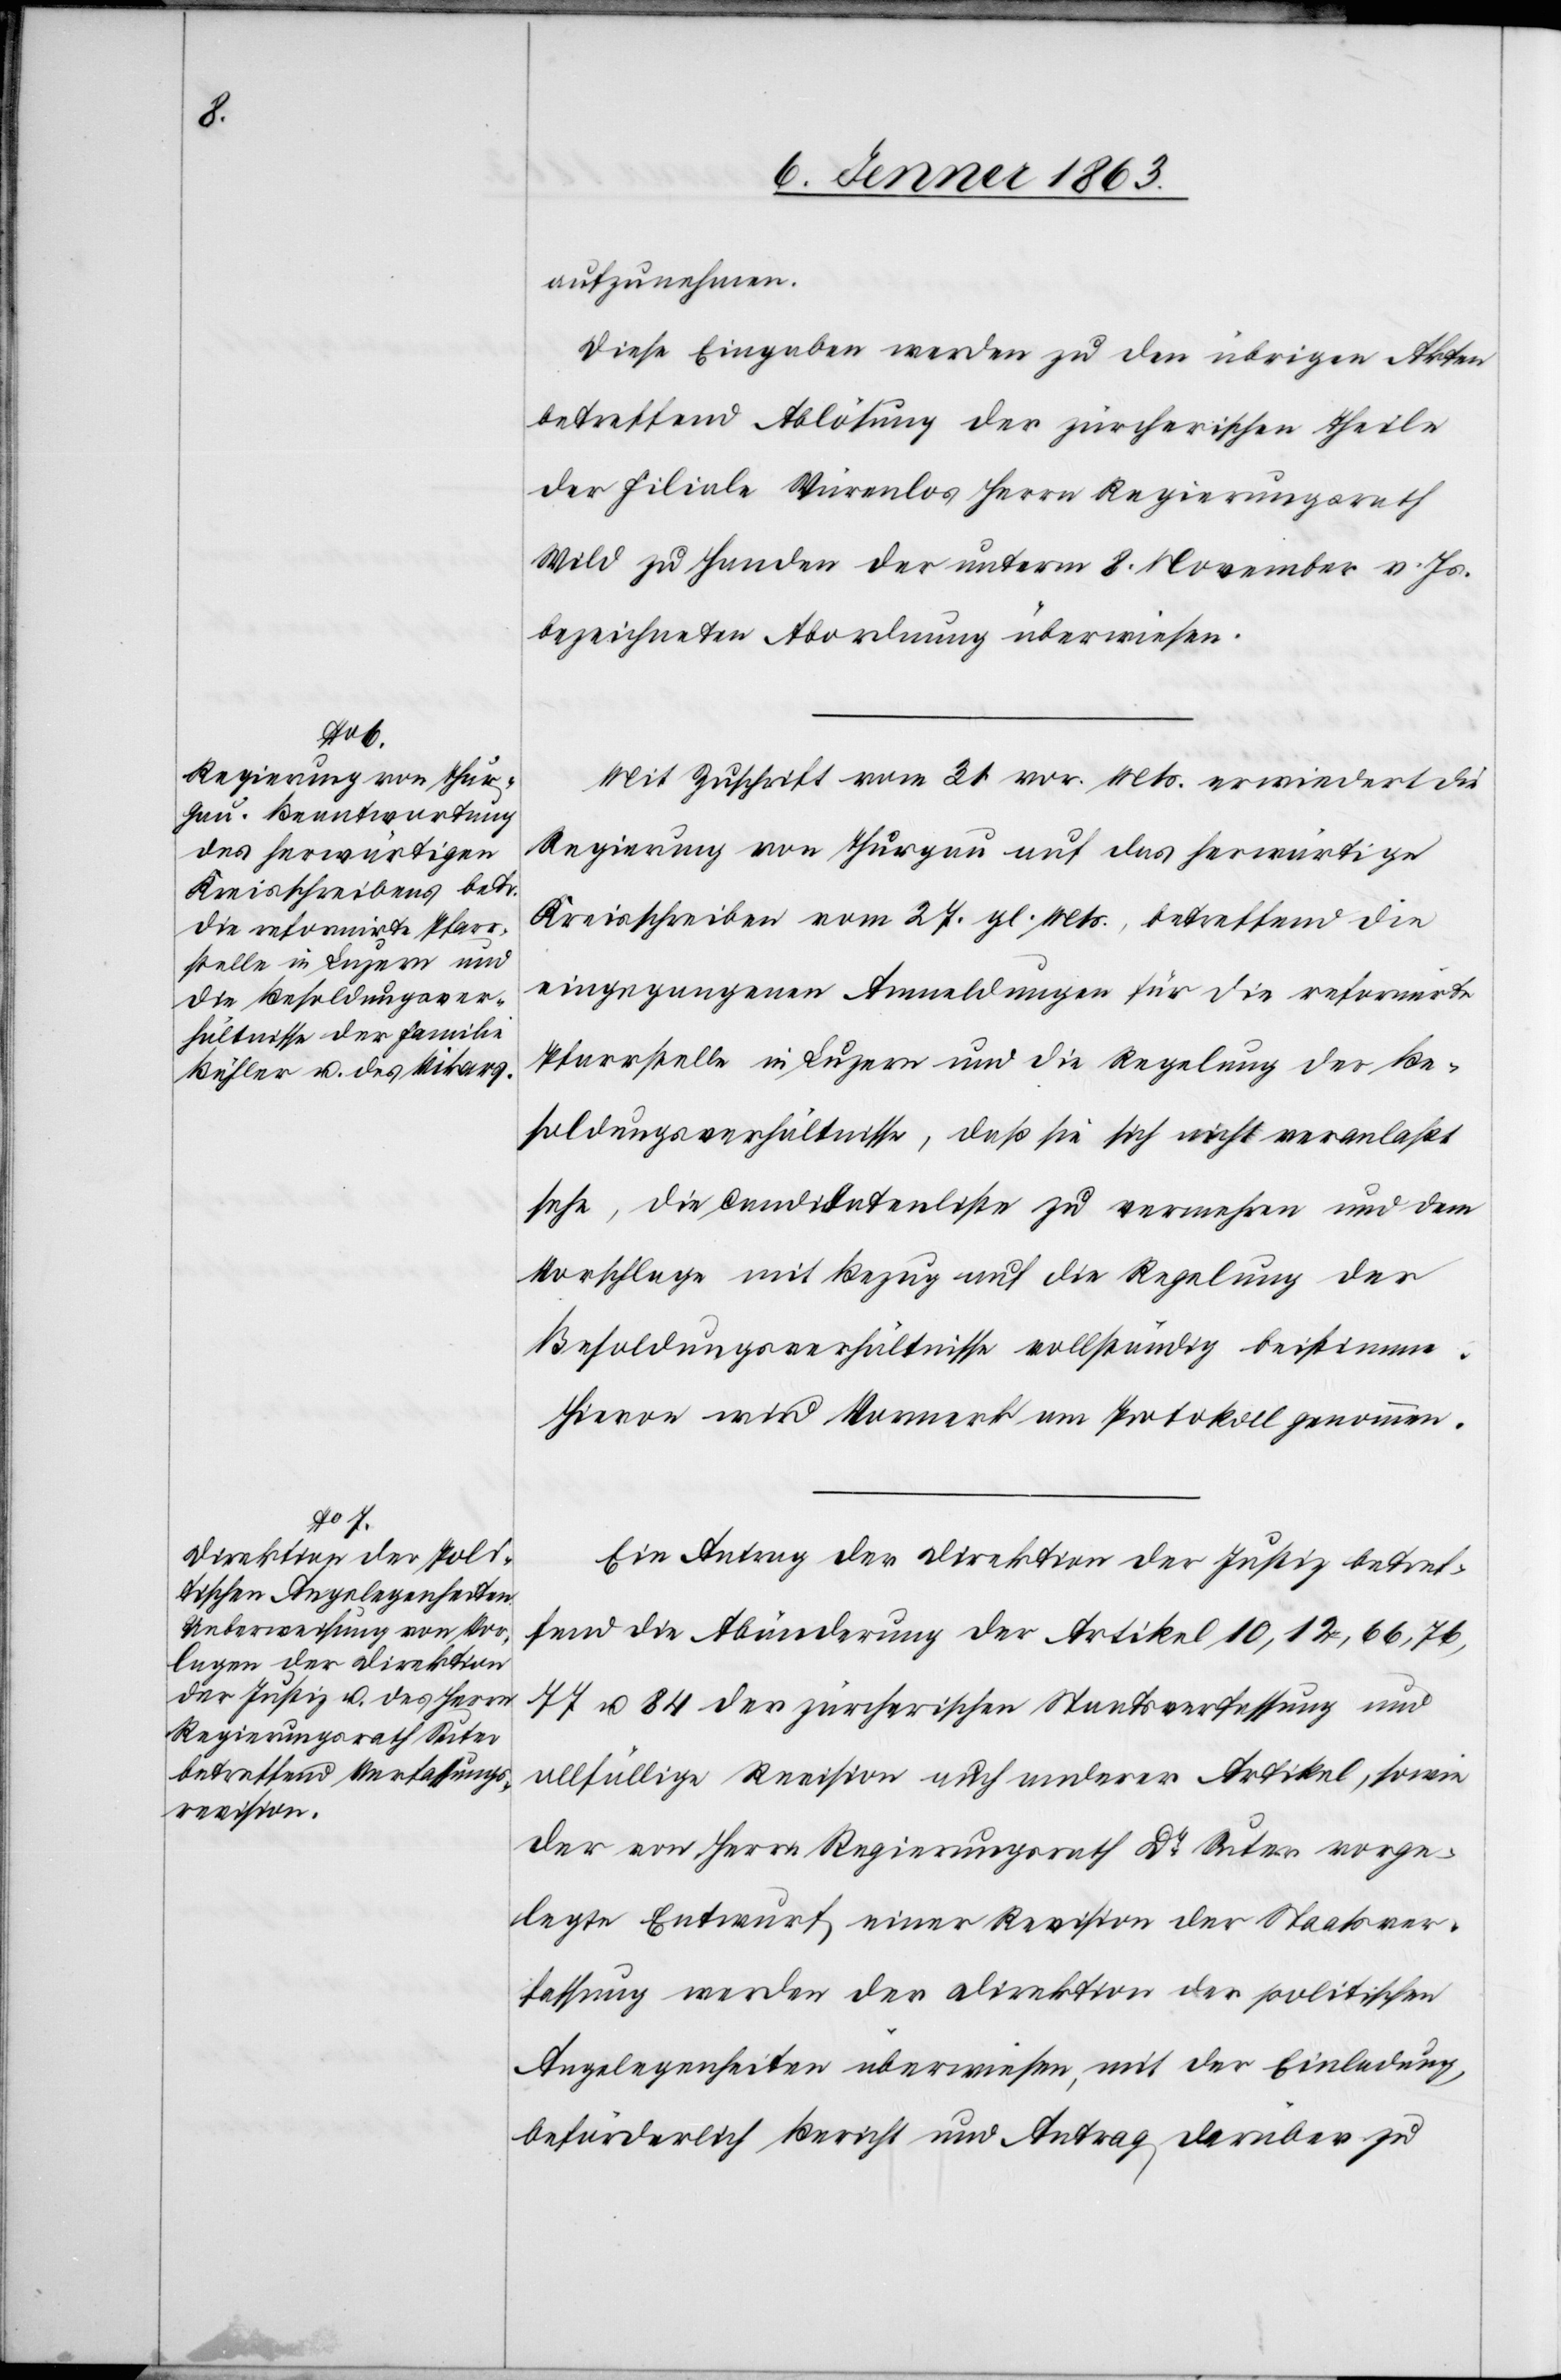
aufzunehmen.
Diese Eingaben werden zu den übrigen Akten
betreffend Ablösung der zürcherischen Theile
der Filiale Würenlos Herrn Regierungsrath
Wild zu Handen der unterm 8. November v. Js.
bezeichneten Abordnung überwiesen.
Mit Zuschrift vom 31. vor. Mts. erwiedert die
Regierung von Thurgau auf das herwärtige
Kreisschreiben vom 27. gl. Mts., betreffend die
eingegangenen Anmeldungen für die reformirte
Pfarrstelle in Luzern und die Regelung der Be¬
soldungsverhältnisse, daß sie sich nicht veranlaßt
sehe, die Candidatenliste zu vermehren und dem
Vorschlage mit Bezug auf die Regelung der
Besoldungsverhältnisse vollständig beistimme.
Hievon wird Vormerk am Protokoll genommen.
Ein Antrag der Direktion der Justiz betref¬
fend die Abänderung der Artikel 10, 12, 66, 76,
77 u. 84 der zürcherischen Staatsverfassung und
allfällige Revision auch anderer Artikel, sowie
der von Herrn Regierungsrath Dr Suter vorge¬
legte Entwurf einer Revision der Staatsver¬
fassung werden der Direktion der politischen
Angelegenheiten überwiesen, mit der Einladung,
beförderlich Bericht und Antrag darüber zu